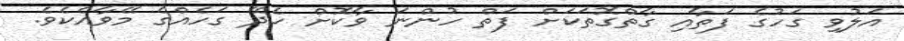
އަލުވި ގަހުގެ ފަތާއި ގާތްގޮތަކަށް ފަތް ހުންނަ ވާކޮށް ހެދޭ ގަހެއްގެ މޭވާއެކެވެ.